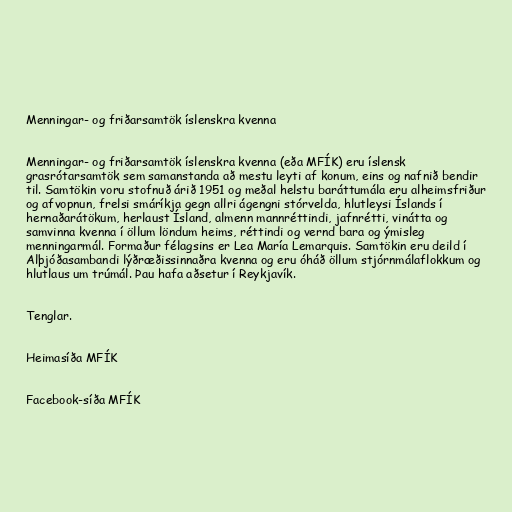
Menningar- og friðarsamtök íslenskra kvenna

Menningar- og friðarsamtök íslenskra kvenna (eða MFÍK) eru íslensk
grasrótarsamtök sem samanstanda að mestu leyti af konum, eins og nafnið bendir
til. Samtökin voru stofnuð árið 1951 og meðal helstu baráttumála eru alheimsfriður
og afvopnun, frelsi smáríkja gegn allri ágengni stórvelda, hlutleysi Íslands í
hernaðarátökum, herlaust Ísland, almenn mannréttindi, jafnrétti, vinátta og
samvinna kvenna í öllum löndum heims, réttindi og vernd bara og ýmisleg
menningarmál. Formaður félagsins er Lea María Lemarquis. Samtökin eru deild í
Alþjóðasambandi lýðræðissinnaðra kvenna og eru óháð öllum stjórnmálaflokkum og
hlutlaus um trúmál. Þau hafa aðsetur í Reykjavík.

Tenglar.

Heimasíða MFÍK

Facebook-síða MFÍK